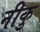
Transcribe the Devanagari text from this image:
नीकु